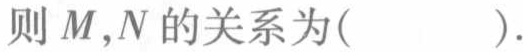
则\(M,N\)的关系为( ).